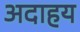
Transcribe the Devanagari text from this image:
अदाहय